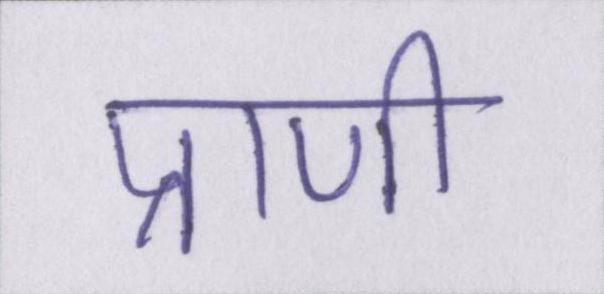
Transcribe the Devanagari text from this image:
प्राणी